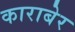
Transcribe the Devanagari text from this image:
काराबेर